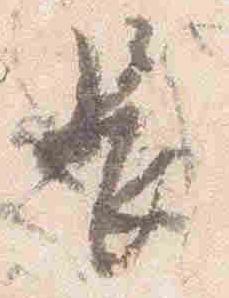
長